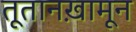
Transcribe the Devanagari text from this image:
तूतानख़ामून